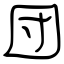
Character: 団